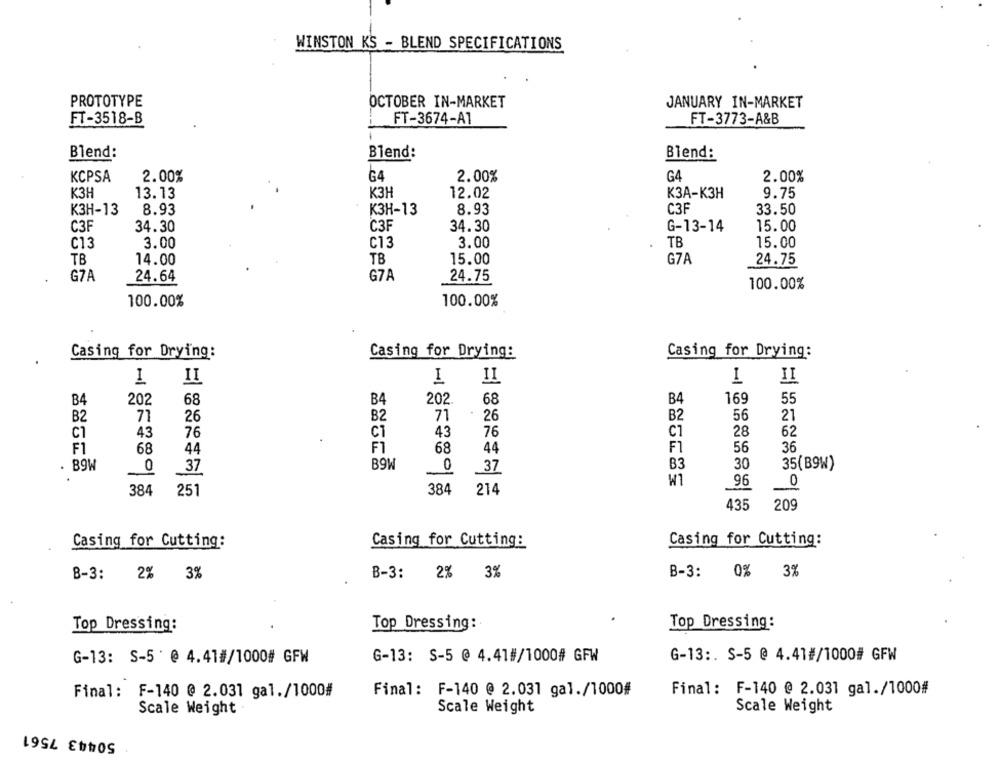
WINSTON KS - BLEND SPECIFICATIONS
PROTOTYPE
OCTOBER IN-MARKET
JANUARY IN-MARKET
FT-3518-B
FT-3674-A1
FT-3773-A&B
Blend:
Blend
Blend:
KCPSA
2.00%
G4
2.00%
G4
2.00%
K3H
13.13
КЗН
12.02
КЗА-КЗН
9.75
К3H-13
8.93
КЗН-13
8.93
C3F
33.50
C3F
34.30
C3F
34.30
G-13-14
15.00
C13
3.00
C13
3.00
TB
15.00
TB
14.00
TB
15.00
G7A
24.75
G7A
24.64
G7A
24.75
100.00%
100.00%
100.00%
Casing for Drying:
Casing for Drying:
Casing for Drying:
1
I
II
I
II
II
B4
202
68
B4
202.
68
B4
169
55
B2
71
B2
71
26
B2
56
21
26
C1
43
CT
43
C1
28
62
76
76
F1
68
F1
68
44
F1
56
36
44
. B9W
0
37
B9W
0
37
B3
30
35(B9W)
W1
96
0
384
251
384
214
435
209
Casing for Cutting:
Casing for Cutting:
Casing for Cutting:
B-3: 2% 3%
B-3:
2% 3%
B-3: 0% 3%
Top Dressing:
Top Dressing:
Top Dressing:
G-13: S-5 @ 4.41#/1000# GFW
G-13: S-5 @ 4.41#/1000# GFW
G-13 :. S-5 @ 4.41#/1000# GFW
Final: F-140 @ 2.031 gal./1000#
Final: F-140 @ 2.031 gal./1000#
Final: F-140 @ 2.031 gal./1000#
Scale Weight
Scale Weight
Scale Weight
50443 7561